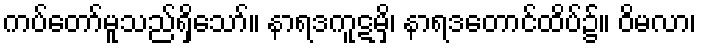
ကပ်တော်မူသည်ရှိသော်။ နာရဒကူဋမှိ၊ နာရဒတောင်ထိပ်၌။ ဝိမလာ၊